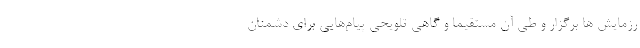
رزمایش ها برگزار و طی آن مستقیماً و گاهی تلویحی پیام‌هایی برای دشمنان